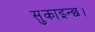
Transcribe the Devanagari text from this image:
सुकाइन्छ।